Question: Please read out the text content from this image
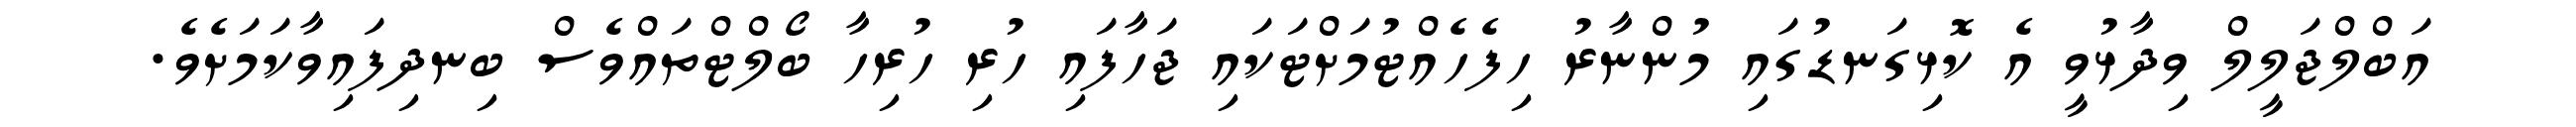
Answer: އަބްލްޖަލީލް ވިދާޅުވީ އެ ކޮޅިގަނޑުގައި މުންނާރު ހިފެހެއްޓުމަށްޓަކައި ޖަހާފައި ހުރި ހުރިހާ ބޯލްޓްތައްވެސް ބިނދިފައިވާކަމަށެވެ.